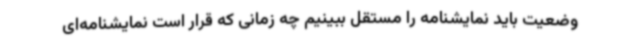
وضعیت باید نمایشنامه را مستقل ببینیم چه زمانی که قرار است نمایشنامه‌ای